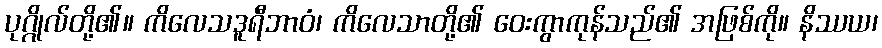
ပုဂ္ဂိုလ်တို့၏။ ကိလေသဒူရီဘာဝံ၊ ကိလေသာတို့၏ ဝေးကွာကုန်သည်၏ အဖြစ်ကို။ နိဿယ၊